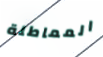
المماطلة